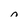
Character: n